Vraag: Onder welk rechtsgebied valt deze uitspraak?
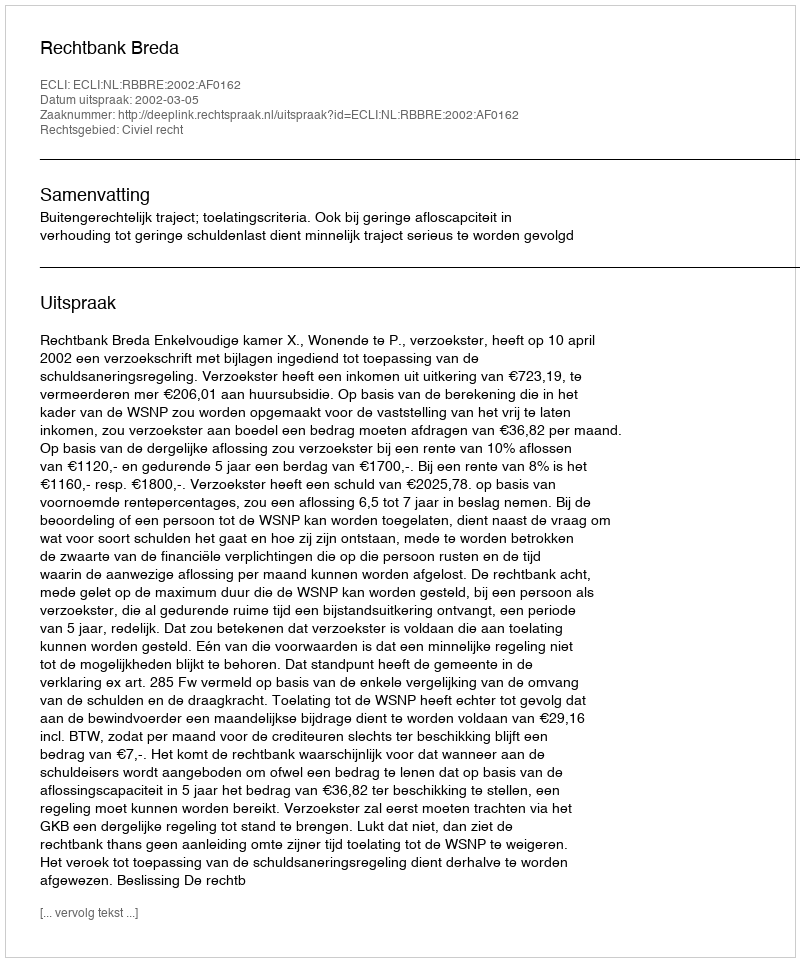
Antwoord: Civiel recht